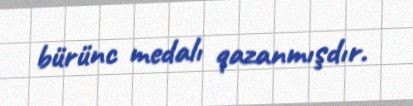
bürünc medalı qazanmışdır.